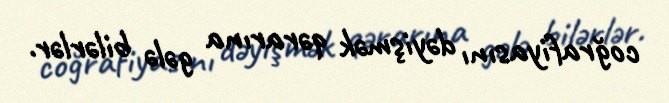
coğrafiyasını dəyişmək qərarına gələ bilərlər.